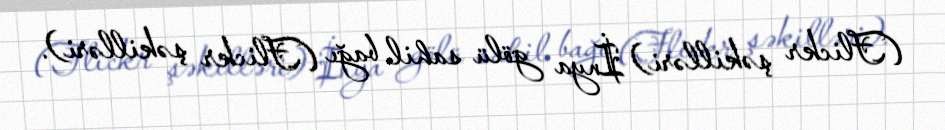
(Flickr şəkilləri) İnya gölü sahil bağı (Flickr şəkilləri).